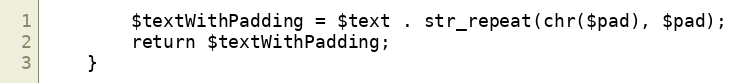
Language: PHP
        $textWithPadding = $text . str_repeat(chr($pad), $pad);
        return $textWithPadding;
    }